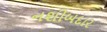
નશીબદાર